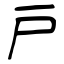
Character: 戸